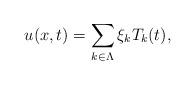
LaTeX: \begin{align*} u(x,t)=\sum\limits_{k\in \Lambda}\xi_{k}T_{k}(t), \end{align*}